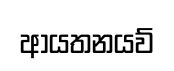
ආයතනයව්